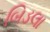
બિડલા